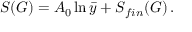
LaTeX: S ( { \cal G } ) = A _ { 0 } \ln \bar { y } + S _ { f i n } ( { \cal G } ) \, .